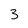
Character: 3